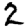
Digit: 2